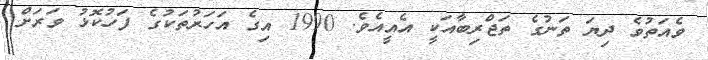
ވެއަތުވެ ދިޔަ ތަނުގެ ތަޖްރިބާއަކީ އެއީއެވެ. 1990 އިގެ އަހަރުތަކުގެ ފަހުކޮޅު ވަރަށް